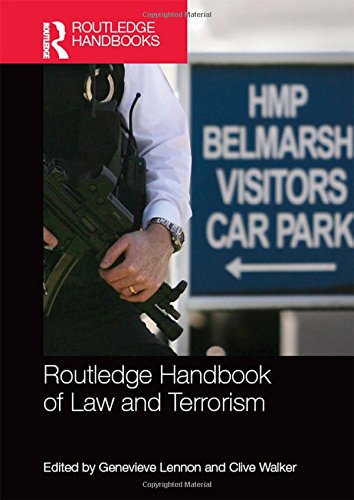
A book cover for Routledge Handbook of Law and Terrorism; Law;